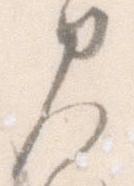
見